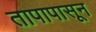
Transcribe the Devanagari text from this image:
तापापासून